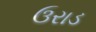
ઉરાડ